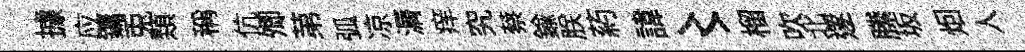
據应鏞兎𩔖稱伉𡖖苐弧凉漘痒究蔡鍮朕葯諱〻榴吹北𨗹縢坂𤇆人